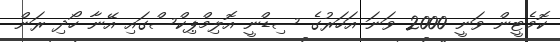
ކޮމެޓީން ވަނީ 2000 ވަނަ އަހަރުގެ ސިޑްނީ އޮލިމްޕިކްސްގައި އޭނާ ހޯދި ރަން